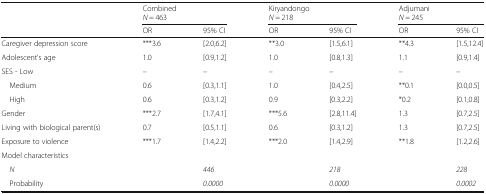
<table><thead><tr><td></td><td colspan="2"><b>Combined<i>N</i> = 463</b></td><td colspan="2"><b>Kiryandongo<i>N</i> = 218</b></td><td colspan="2"><b>Adjumani<i>N</i> = 245</b></td></tr><tr><td></td><td><b>OR</b></td><td><b>95% CI</b></td><td><b>OR</b></td><td><b>95% CI</b></td><td><b>OR</b></td><td><b>95% CI</b></td></tr></thead><tbody><tr><td>Caregiver depression score</td><td>***3.6</td><td>[2.0,6.2]</td><td>**3.0</td><td>[1.5,6.1]</td><td>**4.3</td><td>[1.5,12.4]</td></tr><tr><td>Adolescent’s age</td><td>1.0</td><td>[0.9,1.2]</td><td>1.0</td><td>[0.8,1.3]</td><td>1.1</td><td>[0.9,1.4]</td></tr><tr><td>SES - Low</td><td>–</td><td>–</td><td>–</td><td>–</td><td>–</td><td>–</td></tr><tr><td> Medium</td><td>0.6</td><td>[0.3,1.1]</td><td>1.0</td><td>[0.4,2.5]</td><td>**0.1</td><td>[0.0,0.5]</td></tr><tr><td> High</td><td>0.6</td><td>[0.3,1.2]</td><td>0.9</td><td>[0.3,2.2]</td><td>*0.2</td><td>[0.1,0.8]</td></tr><tr><td>Gender</td><td>***2.7</td><td>[1.7,4.1]</td><td>***5.6</td><td>[2.8,11.4]</td><td>1.3</td><td>[0.7,2.5]</td></tr><tr><td>Living with biological parent(s)</td><td>0.7</td><td>[0.5,1.1]</td><td>0.6</td><td>[0.3,1.2]</td><td>1.3</td><td>[0.7,2.5]</td></tr><tr><td>Exposure to violence</td><td>***1.7</td><td>[1.4,2.2]</td><td>***2.0</td><td>[1.4,2.9]</td><td>**1.8</td><td>[1.2,2.6]</td></tr><tr><td colspan="7">Model characteristics</td></tr><tr><td> <i>N</i></td><td></td><td><i>446</i></td><td></td><td><i>218</i></td><td></td><td><i>228</i></td></tr><tr><td> Probability</td><td></td><td><i>0.0000</i></td><td></td><td><i>0.0000</i></td><td></td><td><i>0.0002</i></td></tr></tbody></table>